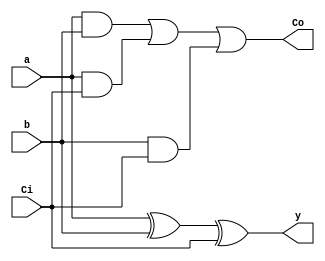
module fadder_1bit(y, Co, Ci, a, b);
    input a, b, Ci;
    output y, Co;

    assign y = (a ^ b) ^ Ci;
    assign Co = (a & b) | (a & Ci) | (b & Ci);
endmodule

module fadder_4bit(y, Co, a, b);
    input [3:0] a, b;
    output [3:0] y;
    output Co;

    fadder_1bit ab0(.y(y[0]), .Co(w0), .Ci(1'b0), .a(a[0]), .b(b[0]));
    fadder_1bit ab1(.y(y[1]), .Co(w1), .Ci(w0), .a(a[1]), .b(b[1]));
    fadder_1bit ab2(.y(y[2]), .Co(w2), .Ci(w1), .a(a[2]), .b(b[2]));
    fadder_1bit ab3(.y(y[3]), .Co(w3), .Ci(w2), .a(a[3]), .b(b[3]));
    assign Co = w3;
endmodule